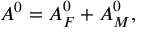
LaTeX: { \cal A } ^ { 0 } = { \cal A } _ { F } ^ { 0 } + { \cal A } _ { M } ^ { 0 } ,